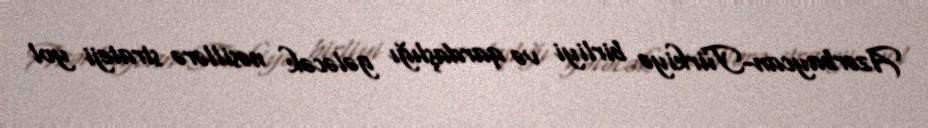
Azərbaycan-Türkiyə birliyi və qardaşlığı gələcək nəsillərə strateji yol